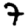
Digit: 7